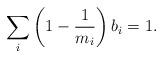
LaTeX: \begin{align*} \sum_i \left(1-\frac{1}{m_i}\right)b_i = 1.\end{align*}